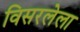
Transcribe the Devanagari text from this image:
विसरलेला